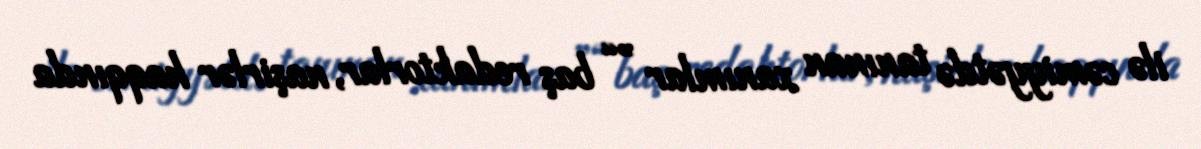
ilə cəmiyyətdə tanınan xanımlar ”“ baş redaktorlar, naşirlər haqqında